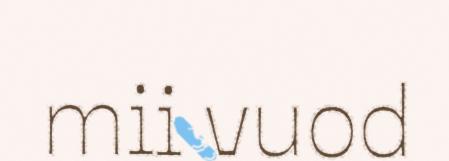
mii vuod